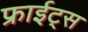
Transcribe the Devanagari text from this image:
फ्राईट्स